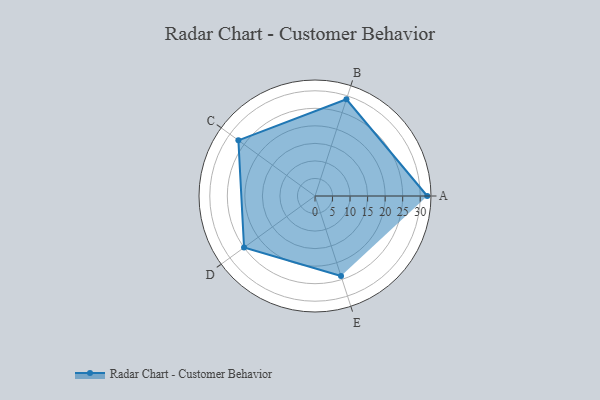
{"axis": {"x": "Skill", "y": "Score"}, "legend": ["Profile"], "data": [{"x": "A", "y": 32.0, "type": "Profile"}, {"x": "B", "y": 29.0, "type": "Profile"}, {"x": "C", "y": 27.0, "type": "Profile"}, {"x": "D", "y": 25.0, "type": "Profile"}, {"x": "E", "y": 24.0, "type": "Profile"}]}